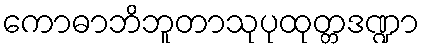
ကောဓာဘိဘူတာသုပုထုတ္တဒဏ္ဍာ